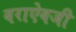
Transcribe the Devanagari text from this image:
वराऐवजी